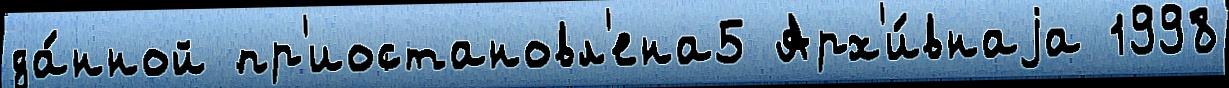
да́нной пр'иостановл'ена5 Арх'и́внаjа 1998